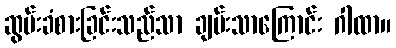
ဆွမ်းခံစားခြင်းသည်သာ ချမ်းသာကြောင်း ဂါထာ။